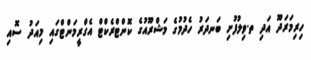
ހިރިމަރަދޫ އަދި ތ.ވިލުފުށި ބަނދަރު ހެދުމުގެ މަޝްރޫއުގެ ކޮންޓްރެކްޓް އެގްރީމަންޓްގައި މިއަދު ސޮއި